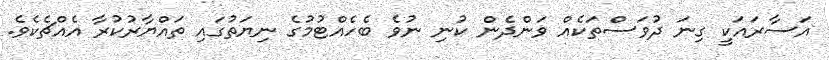
އަސާރައަކީ ގިނަ ދުވަސްތަކެއް ވަންދެން ކުނި ނުވެ ބެހެއްޓުމުގެ ނިޔަތުގައި ތައްޔާރުކުރާ އެއްޗެކެވެ.